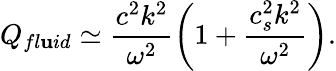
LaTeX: Q_{fl\mathbf{u}id}\simeq\frac{{c^{2}k^{2}}}{{\omega^{2}}}\left(1+\frac{{c_{s}^{2}k^{2}}}{{\omega^{2}}}\right).